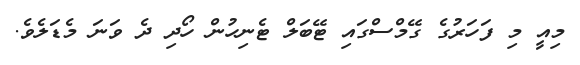
މިއީ މި ފަހަރުގެ ގޭމްސްގައި ޓޭބަލް ޓެނިހުން ހޯދި ދެ ވަނަ މެޑަލެވެ.